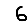
Digit: 6